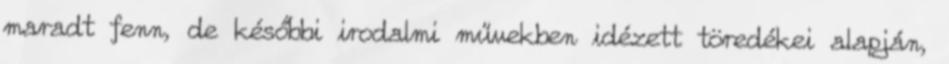
maradt fenn, de későbbi irodalmi művekben idézett töredékei alapján,